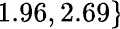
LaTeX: \! \! \! \! \! \! \! \! \! \! \! \! \! \overline{{\epsilon}}_{r}\! \! =\! \! \{ 1.96,2.69\} \!